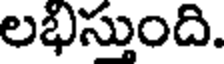
లభిస్తుంది.